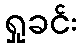
ရှုခင်း